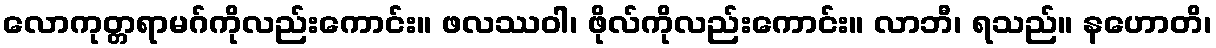
လောကုတ္တရာမဂ်ကိုလည်းကောင်း။ ဖလဿဝါ၊ ဖိုလ်ကိုလည်းကောင်း။ လာဘီ၊ ရသည်။ နဟောတိ၊